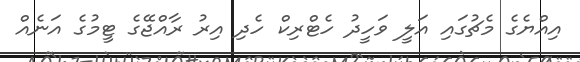
އިއްޔެގެ މެޗުގައި އަލީ ވަހީދު ހެޓްރިކް ހެދި އިރު ރާއްޖޭގެ ޓީމުގެ އަނެއް